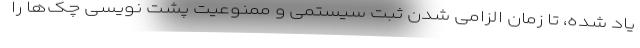
یاد شده، تا زمان الزامی شدن ثبت سیستمی و ممنوعیت پشت نویسی چک‌ها را